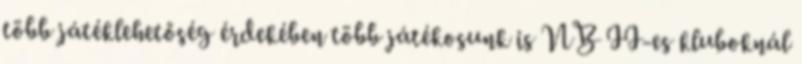
több játéklehetőség érdekében több játékosunk is NB II-es kluboknál